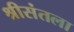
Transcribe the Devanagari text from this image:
श्रीसंतला